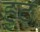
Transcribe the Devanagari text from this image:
हुठ